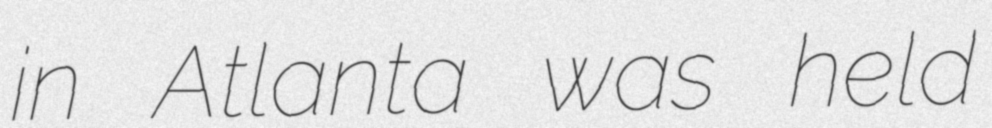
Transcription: in Atlanta was held